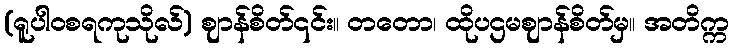
(ရူပါဝစရကုသိုလ်) ဈာန်စိတ်၎င်း။ တတော၊ ထိုပဌမဈာန်စိတ်မှ။ အတိက္က